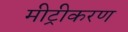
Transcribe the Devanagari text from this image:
मीट्रीकरण